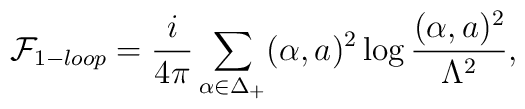
{\cal F}_{1-loop}={i\over 4\pi}\sum_{\alpha\in\Delta_{+}}(\alpha,a)^2\log {(\alpha , a)^2\over \Lambda^{2}},